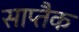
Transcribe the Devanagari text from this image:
साप्तैक